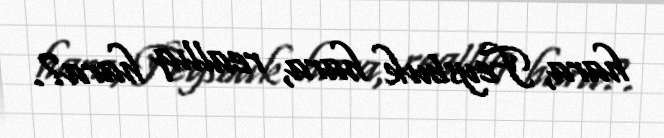
hara, Feysbuk hara, reallıq hara?.